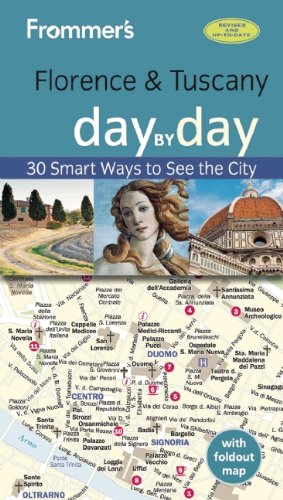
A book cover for Frommer's Florence and Tuscany day by day; Stephen Brewer; Travel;